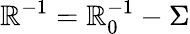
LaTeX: \mathbb{R}^{-1}=\mathbb{R}_{0}^{-1}-\Sigma